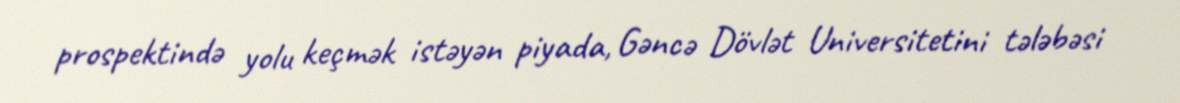
prospektində yolu keçmək istəyən piyada, Gəncə Dövlət Universitetini tələbəsi